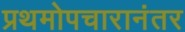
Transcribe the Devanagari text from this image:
प्रथमोपचारानंतर